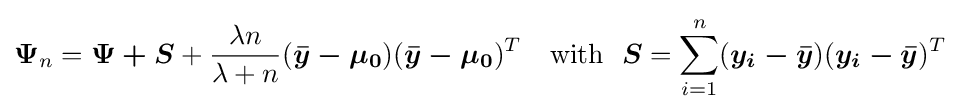
{\boldsymbol {\Psi }}_{n}={\boldsymbol {\Psi +S}}+{\frac {\lambda n}{\lambda +n}}({\boldsymbol {{\bar {y}}-\mu _{0}}})({\boldsymbol {{\bar {y}}-\mu _{0}}})^{T}~~~\mathrm {with} ~~{\boldsymbol {S}}=\sum _{i=1}^{n}({\boldsymbol {y_{i}-{\bar {y}}}})({\boldsymbol {y_{i}-{\bar {y}}}})^{T}